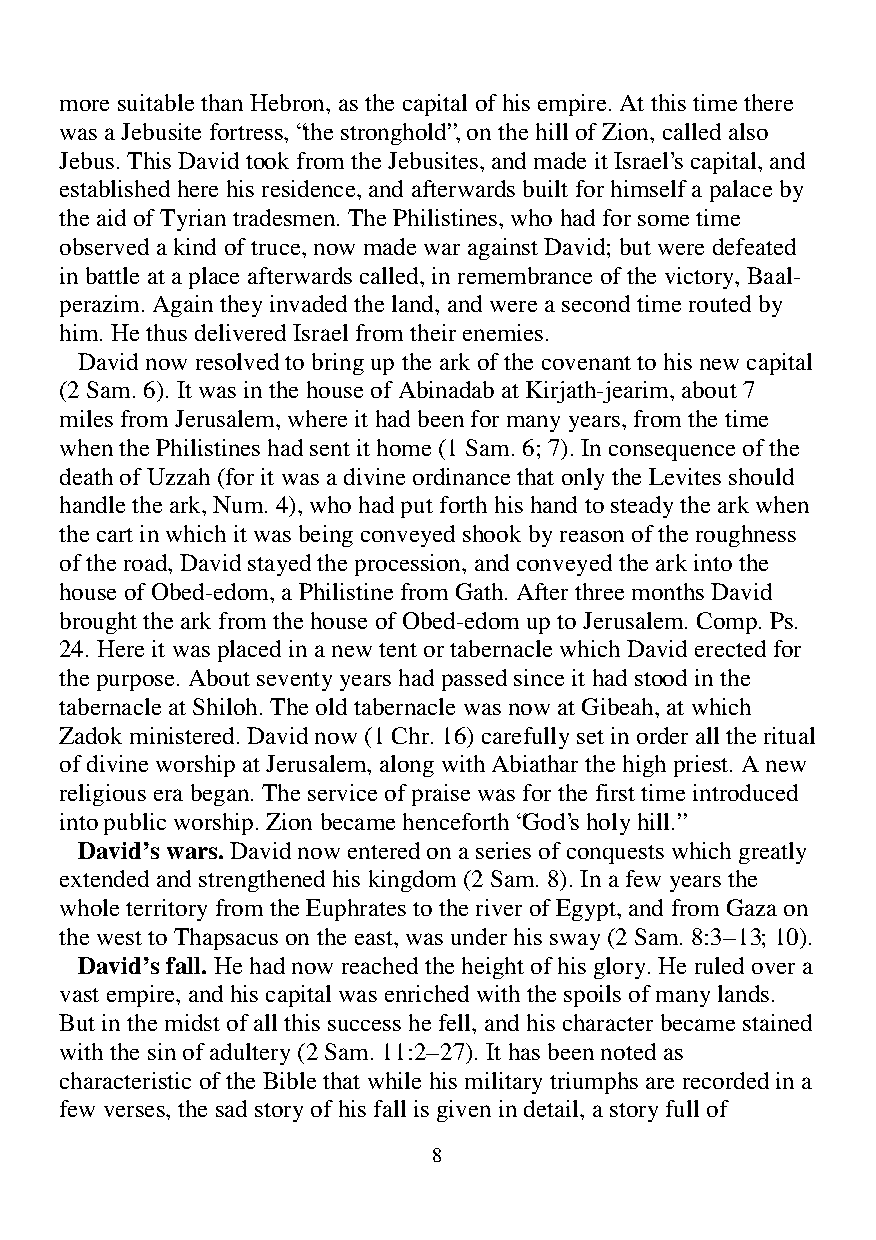
more suitable than Hebron, as the capital of his empire. At this time there
 was a Jebusite fortress, “the stronghold”, on the hill of Zion, called also
 Jebus. This David took from the Jebusites, and made it Israel’s capital, and
 established here his residence, and afterwards built for himself a palace by
 the aid of Tyrian tradesmen. The Philistines, who had for some time
 observed a kind of truce, now made war against David; but were defeated
 in battle at a place afterwards called, in remembrance of the victory, Baal-
 perazim. Again they invaded the land, and were a second time routed by
 him. He thus delivered Israel from their enemies.
 David now resolved to bring up the ark of the covenant to his new capital
 (2 Sam. 6). It was in the house of Abinadab at Kirjath-jearim, about 7
 miles from Jerusalem, where it had been for many years, from the time
 when the Philistines had sent it home (1 Sam. 6; 7). In consequence of the
 death of Uzzah (for it was a divine ordinance that only the Levites should
 handle the ark, Num. 4), who had put forth his hand to steady the ark when
 the cart in which it was being conveyed shook by reason of the roughness
 of the road, David stayed the procession, and conveyed the ark into the
 house of Obed-edom, a Philistine from Gath. After three months David
 brought the ark from the house of Obed-edom up to Jerusalem. Comp. Ps.
 24. Here it was placed in a new tent or tabernacle which David erected for
 the purpose. About seventy years had passed since it had stood in the
 tabernacle at Shiloh. The old tabernacle was now at Gibeah, at which
 Zadok ministered. David now (1 Chr. 16) carefully set in order all the ritual
 of divine worship at Jerusalem, along with Abiathar the high priest. A new
 religious era began. The service of praise was for the first time introduced
 into public worship. Zion became henceforth “God’s holy hill.”
 David’s wars. David now entered on a series of conquests which greatly
 extended and strengthened his kingdom (2 Sam. 8). In a few years the
 whole territory from the Euphrates to the river of Egypt, and from Gaza on
 the west to Thapsacus on the east, was under his sway (2 Sam. 8:3–13; 10).
 David’s fall. He had now reached the height of his glory. He ruled over a
 vast empire, and his capital was enriched with the spoils of many lands.
 But in the midst of all this success he fell, and his character became stained
 with the sin of adultery (2 Sam. 11:2–27). It has been noted as
 characteristic of the Bible that while his military triumphs are recorded in a
 few verses, the sad story of his fall is given in detail, a story full of
 8